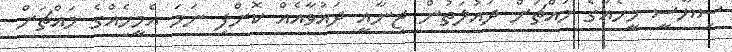
ސިޔާސީ މީހެއްގެ މައްޗަށް ދައުލަތުން ޖިނާއީ ދައުވާއެއް ކޮށްފި ނަމަ އެމީހެއްގެ މައްޗަށް